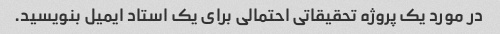
در مورد یک پروژه تحقیقاتی احتمالی برای یک استاد ایمیل بنویسید.